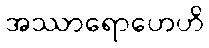
အဿာရောဟေဟိ